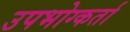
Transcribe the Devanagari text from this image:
उपभोग्कर्ता